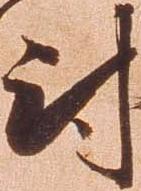
尉